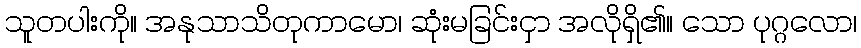
သူတပါးကို။ အနုသာသိတုကာမော၊ ဆုံးမခြင်းငှာ အလိုရှိ၏။ သော ပုဂ္ဂလော၊